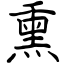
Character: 熏